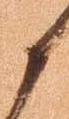
候